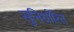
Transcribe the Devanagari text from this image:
सुनिर्धारित